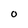
Character: O